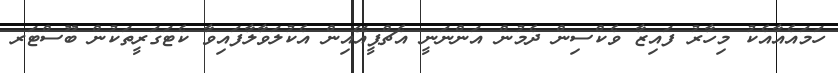
ހަމައެއާއެކު މިހާރު ފައިޒާ ވެކްސިން ދެމުން އަންނަނީ އެޗްޕީއޭއިން އެކުލަވާލާފައިވާ ކެޓަގަރީތަކުން ބޫސްޓަރ